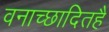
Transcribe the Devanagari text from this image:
वनाच्‍छादितहै